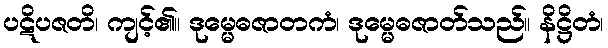
ပဋိပဇတိ၊ ကျင့်၏။ ဒုမ္မေဓဇာတကံ၊ ဒုမ္မေဓဇာတ်သည်။ နိဋ္ဌိတံ၊